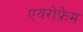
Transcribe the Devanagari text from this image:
एयरोफ्रेम